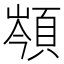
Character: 䫈